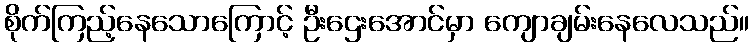
စိုက်ကြည့်နေသောကြောင့် ဦးဌေးအောင်မှာ ကျောချမ်းနေလေသည်။